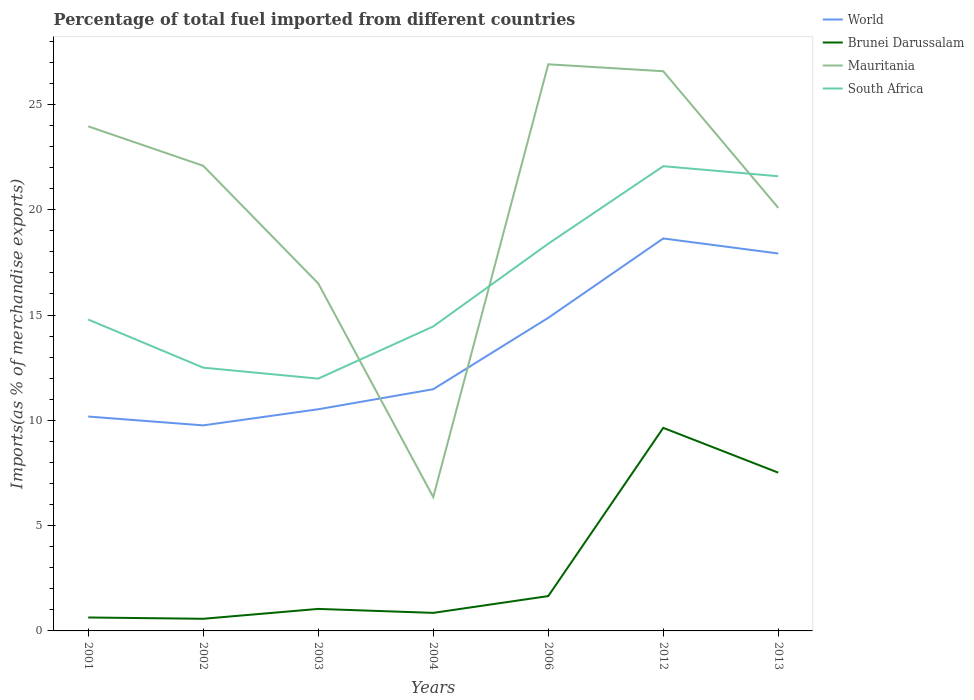
| Years | World | Brunei Darussalam | Mauritania | South Africa |
 | --- | --- | --- | --- | --- |
 | 2001 | 10.2 | 0.638 | 24 | 14.8 |
 | 2002 | 9.76 | 0.576 | 22.1 | 12.5 |
 | 2003 | 10.5 | 1.05 | 16.5 | 12 |
 | 2004 | 11.5 | 0.857 | 6.35 | 14.5 |
 | 2006 | 14.9 | 1.65 | 26.9 | 18.4 |
 | 2012 | 18.6 | 9.64 | 26.6 | 22.1 |
 | 2013 | 17.9 | 7.52 | 20.1 | 21.6 |